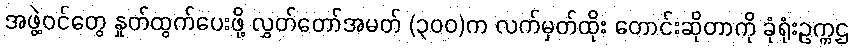
အဖွဲ့ဝင်တွေ နှုတ်ထွက်ပေးဖို့ လွှတ်တော်အမတ် (၃၀၀)က လက်မှတ်ထိုး တောင်းဆိုတာကို ခုံရုံးဥက္ကဌ